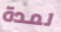
لمدة